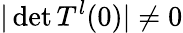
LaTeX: \vert\operatorname*{det}T^{l}(0)\vert\neq 0